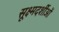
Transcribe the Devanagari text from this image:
सूक्ष्मदर्शीओं